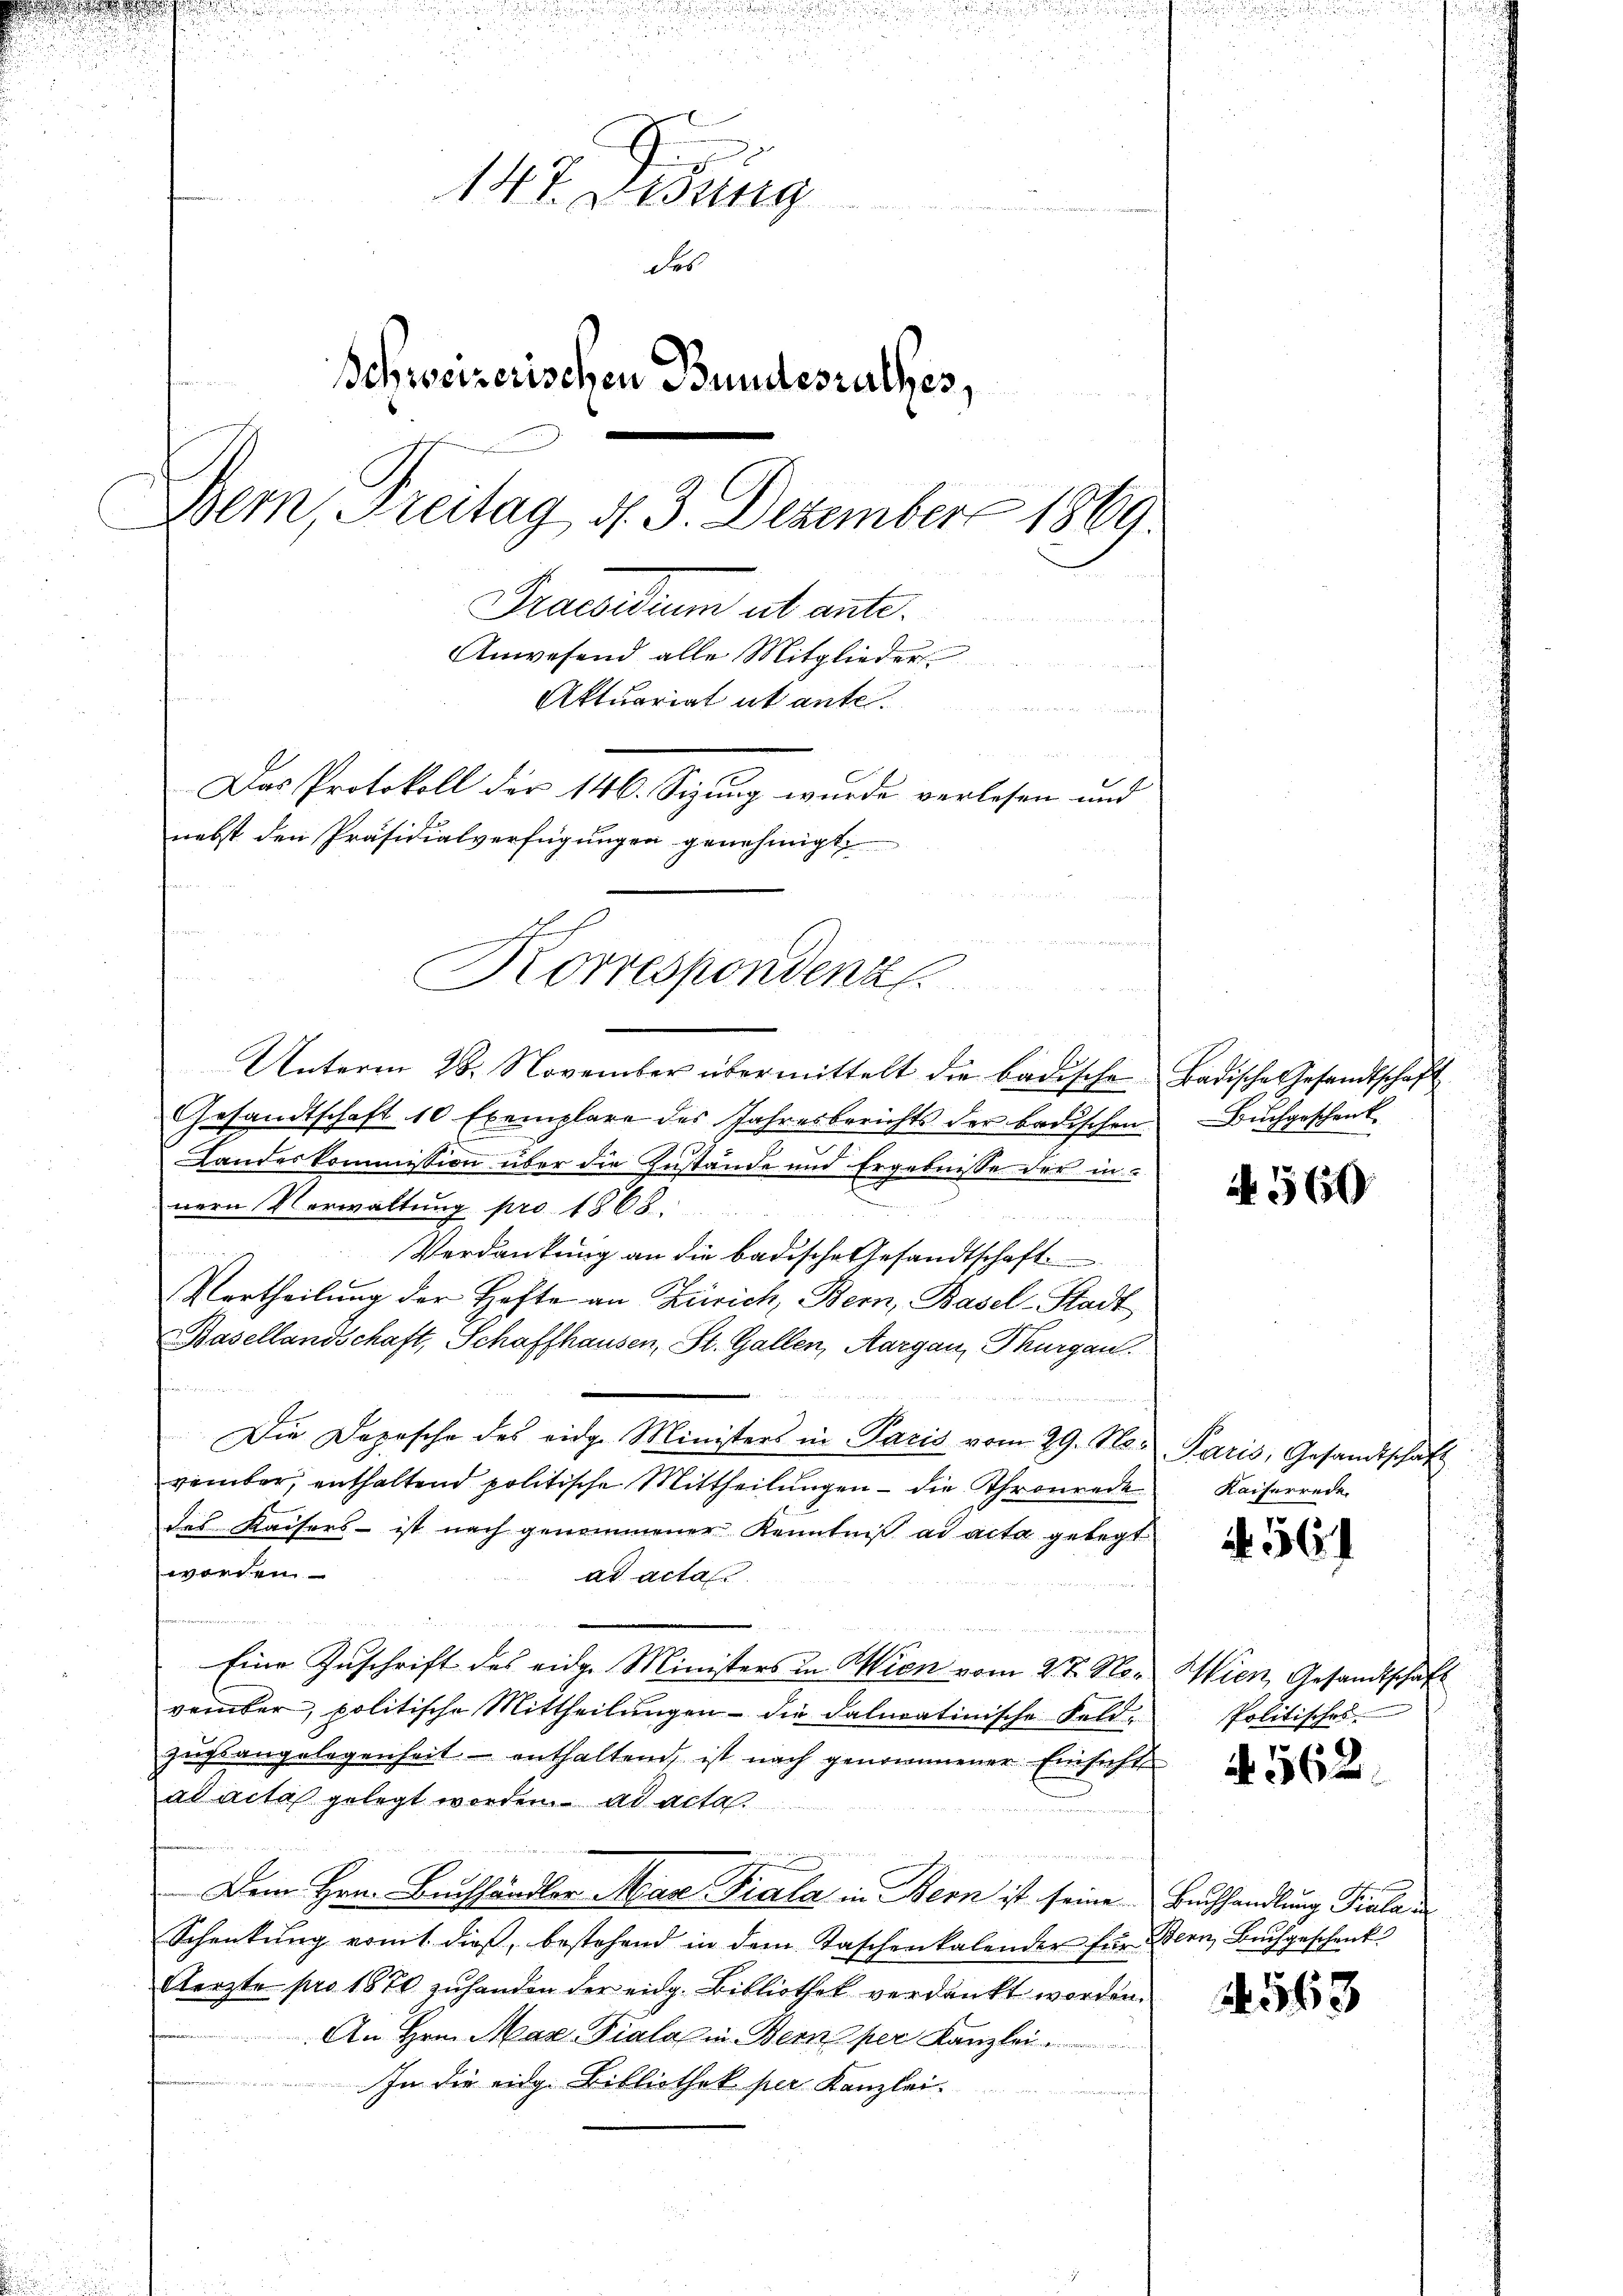
147. Dedung
des
Schweizerischen Bundesrathes,
Bem, Freitag 4. 3. Dezember 1869
Praesidium ab ante.
Anwesend alle Mitglieder
Aktuariat abante¬
u
Das Protokoll der 146. Sizung wurde verlesen und
nebst den Präsidialverfügungen genehmigt.

Korrespondenz

Unterm 28. November übermittelt die badische Badische Gesandtschaft
Gesandtschaft 10 Exemplare des Jahresberichts der badischen
Landeskommission über die Zustände und Ergebnisse der in
nern Verwaltung pro 1868.
Verdankung an die badische Gesandtschaft
Vortheilung der Hefte an Zürich, Bern, Basel-Stadt
Basellandschaft, Schaffhausen, St. Gallen, Aargau, Thurgau.
Die Depesche des eidg. Ministers in Paris vom 29. No. Paris, Gesandtschaft
vember, enthaltend politische Mittheilungen – die Thronrede
des Kaisers - ist nach genommener Kenntniß ad acta gelegt
worden
ad acta
d
Eine Zuschrift des eidg. Ministers u. Wien vom 27. November, politische Mittheilŭngen die dalmatinische Feldzŭgsangelegenheit enthaltend, ist nach genommener Einsicht
ad acta gelegt worden. ad acta
 Dem Hrn. Bruchhändler Man Biala in Bern ist seine Buchhandlung Fialan
Schenkung vomt dieß, bestehend in dem Taschenkalender für Bern, Buchgeschenk
Aerzte pro 1874 zuhanden der eidg. Bibliothek verdankt worden.
An Hrn. Max Pialas in Bern per Kanzlei
In die eidg. Bibliothek per Kanzlei.

Buchgeschenk

A 560

Kaiserrede

56

Wien Gesandtschaft
Politisches.

N. 562.

563